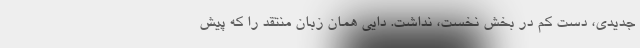
جدیدی، دست‌ کم در بخش نخست، نداشت. دایی همان زبان منتقد را که پیش‌